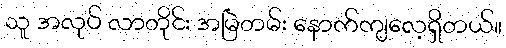
သူ အလုပ် လာတိုင်း အမြဲတမ်း နောက်ကျလေ့ရှိတယ်။